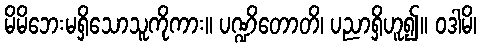
မိမိဘေးမရှိသောသူကိုကား။ ပဏ္ဍိတောတိ၊ ပညာရှိဟူ၍။ ဝဒါမိ၊